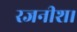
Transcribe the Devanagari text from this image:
रजनीश।